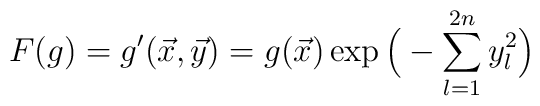
F(g)=g'(\vec{x},\vec{y})=g(\vec{x})\exp\Big(-\sum^{2n}_{l=1}y^{2}_{l}\Big)